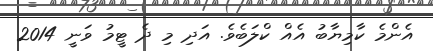
އެންމެ ކާމިޔާބު އެއް ކްލަބެވެ. އަދި މި ދެ ޓީމު ވަނީ 2014